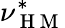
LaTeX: \nu_{\mathrm{~H~M~}}^{*}